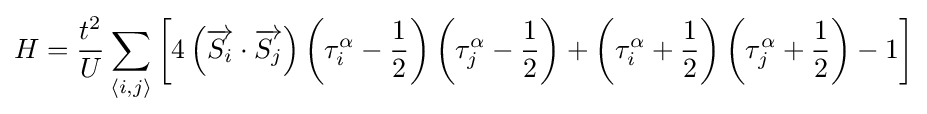
H={\frac {t^{2}}{U}}\sum _{\langle i,j\rangle }\left[4\left({\overrightarrow {S_{i}}}\cdot {\overrightarrow {S_{j}}}\right)\left(\tau _{i}^{\alpha }-{\frac {1}{2}}\right)\left(\tau _{j}^{\alpha }-{\frac {1}{2}}\right)+\left(\tau _{i}^{\alpha }+{\frac {1}{2}}\right)\left(\tau _{j}^{\alpha }+{\frac {1}{2}}\right)-1\right]